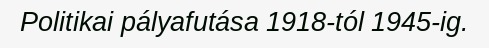
Politikai pályafutása 1918-tól 1945-ig.